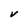
Character: V